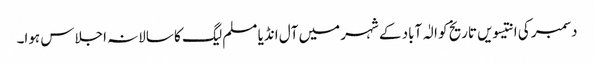
دسمبر کی انتیسویں تاریخ کو الٰہ آباد کے شہر میں آل انڈیا مسلم لیگ کا سالانہ اجلاس ہوا۔